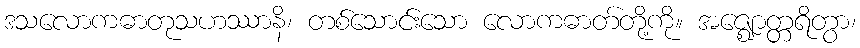
ဒသလောကဓာတုသဟဿာနိ၊ တစ်သောင်းသော လောကဓာတ်တို့ကို။ အဇ္ဈောတ္တရိတွာ၊